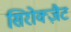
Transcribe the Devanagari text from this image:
सिरोक्ज़ैट